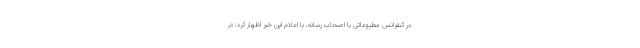
در کنفرانس مطبوعاتی با اصحاب رسانه، با اعلام این خبر اظهار کرد: در